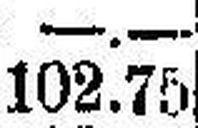
102.75